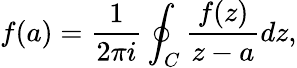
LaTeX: f(a)={\frac{1}{2\pi i}}\oint_{C}{\frac{f(z)}{z-a}}dz,